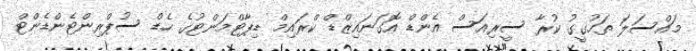
މައްސަލަ ތަހުގީގު ކުރާ ސީރިއަސް އެންޑް އޮގަނައިޒްޑް ކްރައިމް ޑިޕާޓްމަންޓުގެ ހެޑް ސުޕްރިންޓެންޑެންޓް